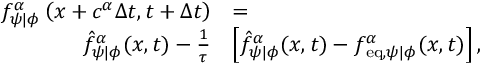
\begin{array} { r l } { f _ { \psi \vert \phi } ^ { \alpha } \left( \boldsymbol { x } + \boldsymbol { c } ^ { \alpha } \Delta { t } , t + \Delta { t } \right) } & { = } \\ { \hat { f } _ { \psi \vert \phi } ^ { \alpha } ( \boldsymbol { x } , t ) - \frac { 1 } { \tau } } & { \left[ \hat { f } _ { \psi \vert \phi } ^ { \alpha } ( \boldsymbol { x } , t ) - f _ { \mathrm { e q } , \psi \vert \phi } ^ { \alpha } ( \boldsymbol { x } , t ) \right] , } \end{array}